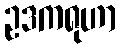
ဥဒကရုဟာ